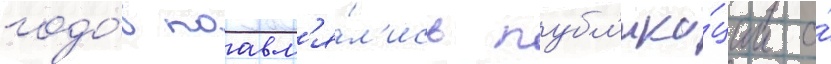
годо́в поавл'я́л'ись публ'ика́ции о́